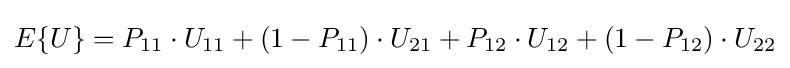
E\{U\}=P_{11}\cdot U_{11}+(1-P_{11})\cdot U_{21}+P_{12}\cdot U_{12}+(1-P_{12})\cdot U_{22}